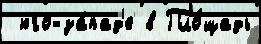
 юго-за́пад'е в Пло́щадь